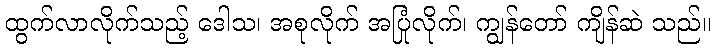
ထွက်လာလိုက်သည့် ဒေါသ၊ အစုလိုက် အပြုံလိုက်၊ ကျွန်တော် ကျိန်ဆဲ သည်။